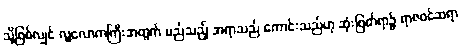
သို့ဖြစ်လျှင် လူ့လောကကြီးအတွက် မည်သည့် အရာသည် ကောင်းသည်ဟု ဆုံးဖြတ်ရာ၌ ရာဇဝင်ဆရာ